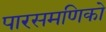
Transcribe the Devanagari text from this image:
पारसमणिको